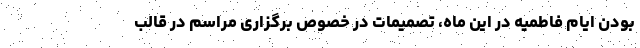
بودن ایام فاطمیه در این ماه، تصمیمات در خصوص برگزاری مراسم در قالب